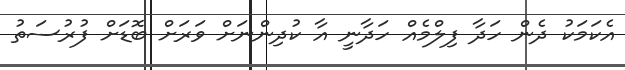
އެކަމަކު ދެން ހަދާ ފިލްމެއް ހަދާނީ އާ ކުދިންނަށް ވަރަށް ބޮޑަށް ފުރުސަތު